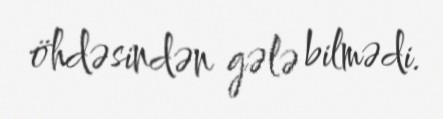
öhdəsindən gələ bilmədi.